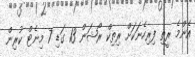
އެންމެ ރީތި ފިރިހެނަކަށް ރިތިކް ރޯޝަން 13 ގަޑި 7 މިނެޓް ކުރިން